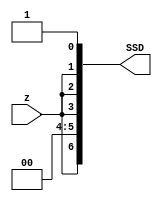
module circuitB (z, SSD);
  input z;
  output [0:6] SSD;
  assign SSD[0] = z;
  assign SSD[1:2] = 2'b00;
  assign SSD[3:5] = {3{z}};
  assign SSD[6] = 1;
endmodule